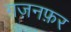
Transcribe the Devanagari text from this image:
ग़ज़नफ़र